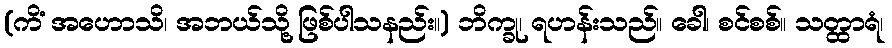
(ကိံ အဟောသိ၊ အဘယ်သို့ ဖြစ်ပါသနည်း။) ဘိက္ခု၊ ရဟန်းသည်။ ခေါ၊ စင်စစ်။ သတ္ထာရံ၊